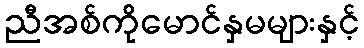
ညီအစ်ကိုမောင်နှမများနှင့်